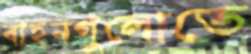
বাহনগুলোতে